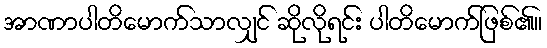
အာဏာပါတိမောက်သာလျှင် ဆိုလိုရင်း ပါတိမောက်ဖြစ်၏။